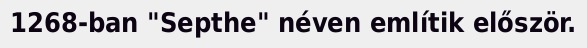
1268-ban "Septhe" néven említik először.